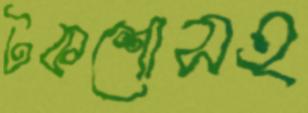
টকশোসহ